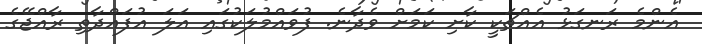
އެންމެ ރަނގަޅު އެއްޗަކީ ކާށި ކަމަށް ވެދާނެ. ފުވައްމުލަކުގައި އަލަ އުފައްދާތި ރާއްޖޭގެ